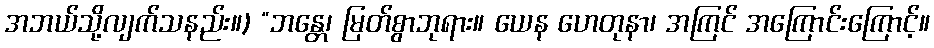
အဘယ်သို့လျက်သနည်း။) “ဘန္တေ၊ မြတ်စွာဘုရား။ ယေန ဟေတုနာ၊ အကြင် အကြောင်းကြောင့်။